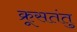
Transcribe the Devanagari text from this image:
क्रूसतंतु